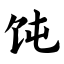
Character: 饨